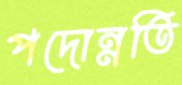
পদোন্নতি